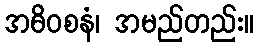
အဓိဝစနံ၊ အမည်တည်း။